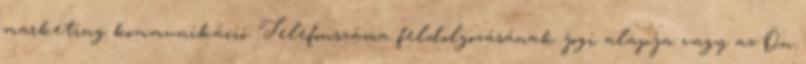
marketing kommunikáció. Telefonszáma feldolgozásának jogi alapja vagy az Ön